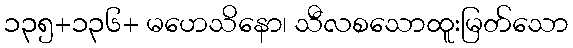
၁၃၅+၁၃၆+ မဟေသိနော၊ သီလစသောထူးမြတ်သော